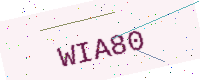
Text: WIA80